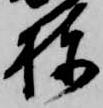
棟